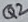
Text: Q2